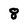
Character: 8